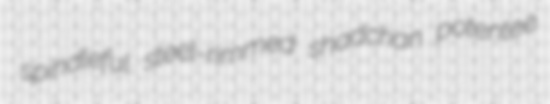
spindleful steel-rimmed shadchan potentee